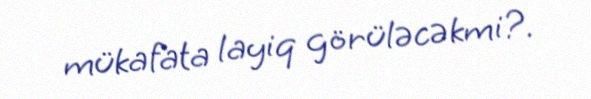
mükafata layiq görüləcəkmi?.